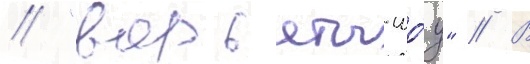
/ "варьяты-шо́у" // В